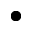
\bullet